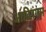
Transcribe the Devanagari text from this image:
आदिरंगम